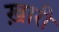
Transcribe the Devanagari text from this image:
ख़ारी